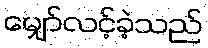
မျှော်လင့်ခဲ့သည်